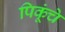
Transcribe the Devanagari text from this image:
पिकूंचे